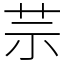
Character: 䒬